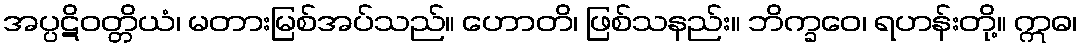
အပ္ပဋိဝတ္တိယံ၊ မတားမြစ်အပ်သည်။ ဟောတိ၊ ဖြစ်သနည်း။ ဘိက္ခဝေ၊ ရဟန်းတို့။ ဣဓ၊